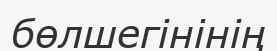
бөлшегінінің